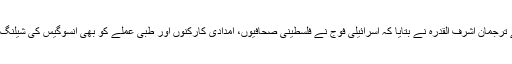
فلسطینی وزارت صحت کے ترجمان اشرف القدرہ نے بتایا کہ اسرائیلی فوج نے فلسطینی صحافیوں، امدادی کارکنوں اور طبی عملے کو بھی آنسوگیس کی شیلنگ اور گولیوں سے نشانہ بنایا۔